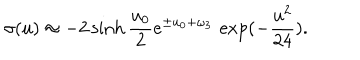
\sigma ( u ) \approx - 2 \sinh { \frac { u _ { 0 } } { 2 } } e ^ { \pm u _ { 0 } + \omega _ { 3 } } \, \exp ( - { \frac { u ^ { 2 } } { 2 4 } } ) .